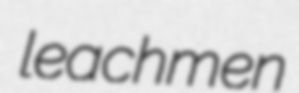
leachmen